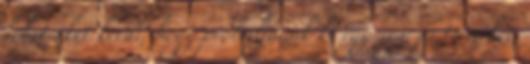
lehet őket kérni, hogy próbáljanak ki egy-egy új terméket.